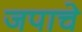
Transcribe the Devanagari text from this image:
जपाचे